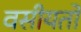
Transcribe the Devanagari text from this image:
वसीयतों